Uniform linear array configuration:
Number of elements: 24
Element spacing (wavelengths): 0.25
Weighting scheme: kaiser
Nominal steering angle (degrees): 60
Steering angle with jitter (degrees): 58.045
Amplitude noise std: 0.05
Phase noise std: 0.05

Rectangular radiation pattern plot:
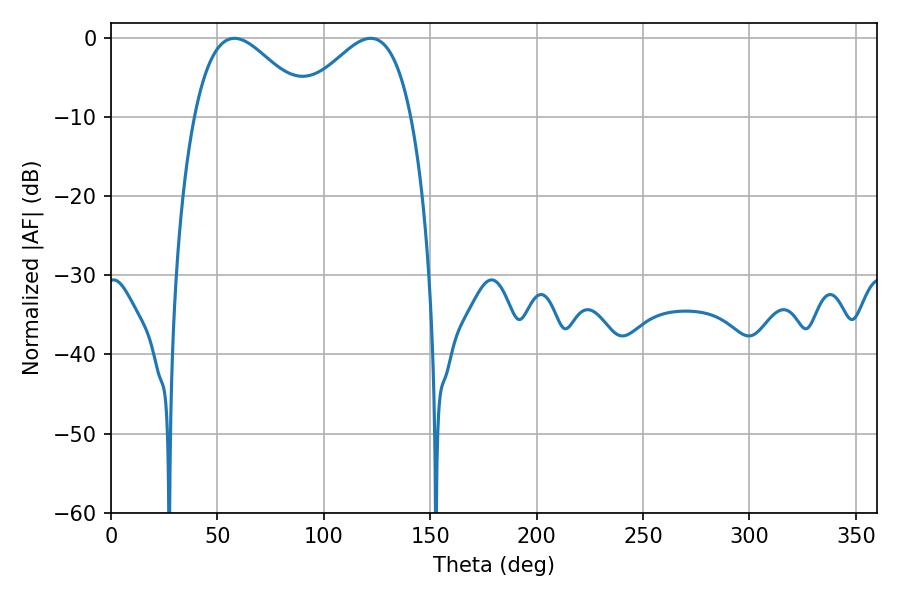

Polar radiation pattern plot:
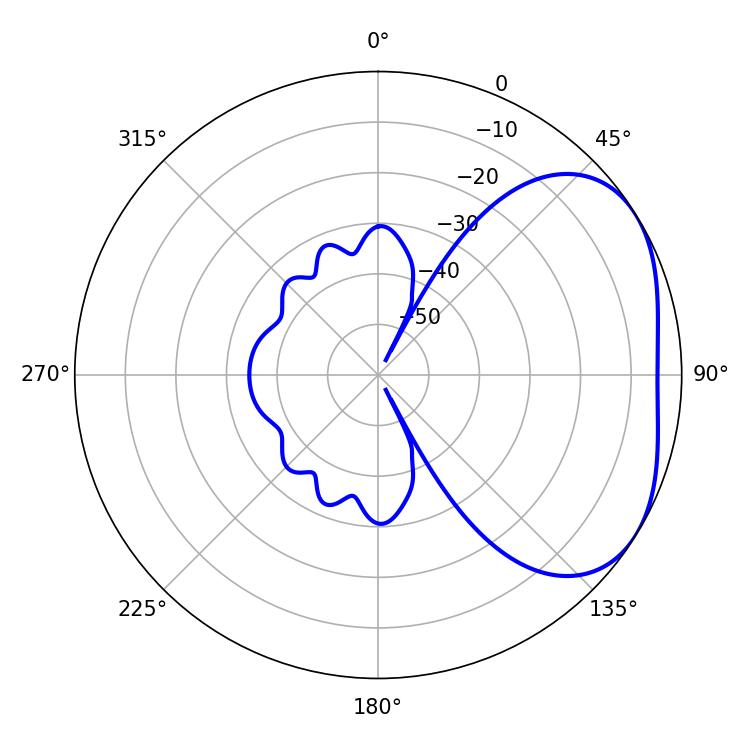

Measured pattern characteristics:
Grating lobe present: FALSE
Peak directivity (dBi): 3.258
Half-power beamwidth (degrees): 29.16
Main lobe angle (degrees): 57.96